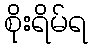
စိုးရိမ်ရ